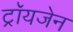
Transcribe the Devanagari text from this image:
ट्रॉयजेन